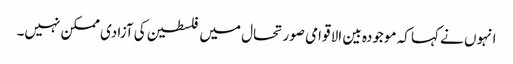
انہوں نے کہا کہ موجودہ بین الا قوامی صورتحال میں فلسطین کی آزادی ممکن نہیں۔